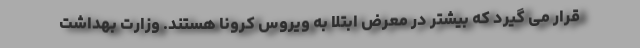
قرار می گیرد که بیشتر در معرض ابتلا به ویروس کرونا هستند. وزارت بهداشت